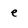
Character: e